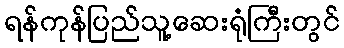
ရန်ကုန်ပြည်သူ့ဆေးရုံကြီးတွင်